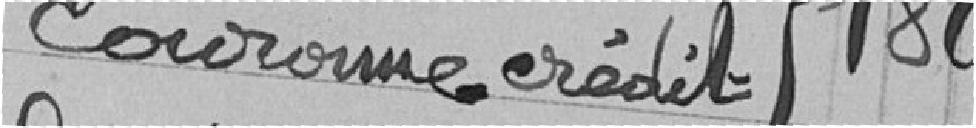
couronne. Crédit } 180